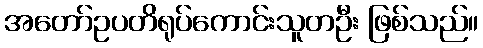
အတော်ဥပတိရုပ်ကောင်းသူတဦး ဖြစ်သည်။